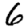
Digit: 6